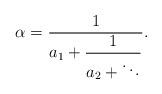
LaTeX: \begin{align*}\alpha = \dfrac{1}{a_1 + \dfrac{1}{a_2 + \ddots}}.\end{align*}